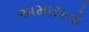
અમાસનો